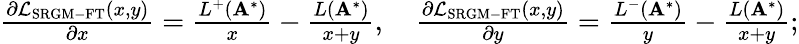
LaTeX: \begin{array}{r}{\frac{\partial\mathcal{L}_{\mathrm{SRGM-FT}}(x,y)}{\partial x}=\frac{L^{+}(\mathbf{A}^{*})}{x}-\frac{L(\mathbf{A}^{*})}{x+y},\quad\frac{\partial\mathcal{L}_{\mathrm{SRGM-FT}}(x,y)}{\partial y}=\frac{L^{-}(\mathbf{A}^{*})}{y}-\frac{L(\mathbf{A}^{*})}{x+y};}\end{array}